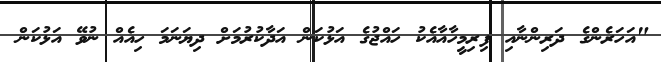
"އަހަރެންގެ ދަރިންނާއި ފިރިމީހާއާއެކު ހައްޖުގެ އަޅުކަން އަދާކުރުމަށް ދިޔަނަމަ ހިއެއް ނުވޭ އަޅުކަން